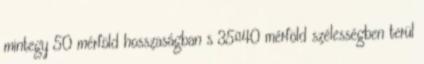
mintegy 50 mérföld hosszaságban s 3540 mérföld szélességben terül